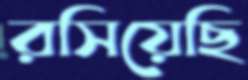
রসিয়েছি